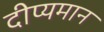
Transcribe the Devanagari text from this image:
दीप्यमान